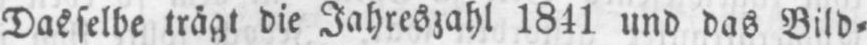
Dasselbe trägt die Jahreszahl 1841 und das Bild⸗